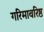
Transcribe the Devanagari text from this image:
गरिमावरिष्ठ